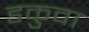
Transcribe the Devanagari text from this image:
डकुवा